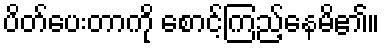
ပိတ်ပေးတာကို စောင့်ကြည့်နေမိ၏။